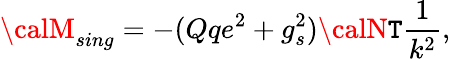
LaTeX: {\calM}_{sing}=-(Qqe^{2}+g_{s}^{2}){\calN\mathtt{T}}\frac{{1}}{{k^{2}}},